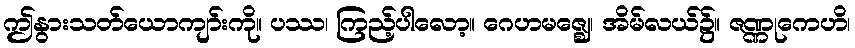
ဤနွားသတ်ယောကျာ်းကို။ ပဿ၊ ကြည့်ပါလော့။ ဂေဟမဇ္ဈေ၊ အိမ်လယ်၌။ ဇဏ္ဏုကေဟိ၊